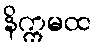
နိက္ကမထ